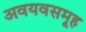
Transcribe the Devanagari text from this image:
अवयवसमूह